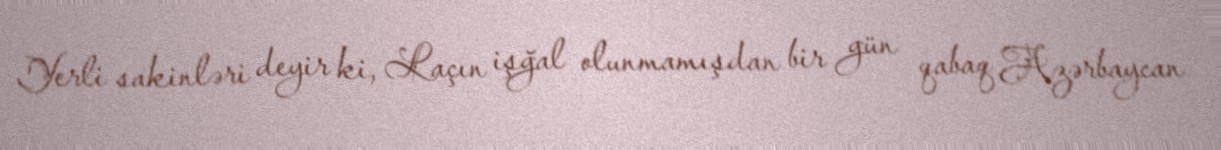
Yerli sakinləri deyir ki, Laçın işğal olunmamışdan bir gün qabaq Azərbaycan